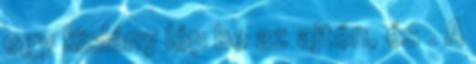
egy kislány lép be az ajtón, és . A